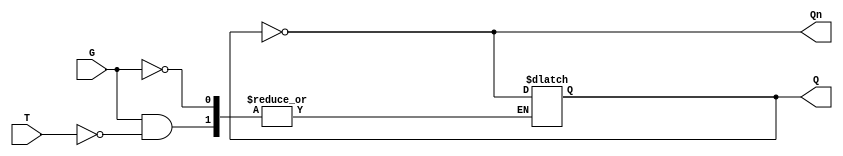
module GatedT_Latch (
    input wire T,      // Toggle input
    input wire G,      // Gate/Enable signal
    output reg Q,      // Output
    output wire Qn     // Complement of Q
);

    assign Qn = ~Q;  // Q' is the complement of Q

    always @(G or T) begin
        if (G) begin  // When G is high
            if (T) begin
                Q <= ~Q;  // Toggle Q
            end
            // When T is low, Q remains unchanged (no action)
        end
        // When G is low, Q remains unchanged (no action)
    end

endmodule